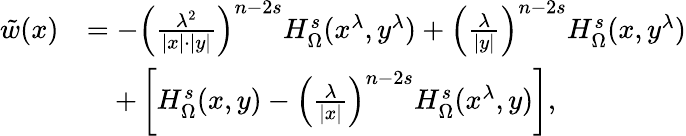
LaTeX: \begin{array}{rl}{\tilde{w}(x)}&{=-\left(\frac{\lambda^{2}}{|x|\cdot|y|}\right)^{n-2s}H_{\Omega}^{s}(x^{\lambda},y^{\lambda})+\left(\frac{\lambda}{|y|}\right)^{n-2s}H_{\Omega}^{s}(x,y^{\lambda})}\\ &{\quad+\left[H_{\Omega}^{s}(x,y)-\left(\frac{\lambda}{|x|}\right)^{n-2s}H_{\Omega}^{s}(x^{\lambda},y)\right],}\end{array}